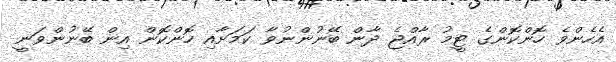
އެހެންވެ ހޮންކޮންގެ ޓީމު ރާއްޖެ ދާން ބޭނުންނުވާ ކަމަށާއި ހޮންކޮން އިން ބޭނުންވަނީ